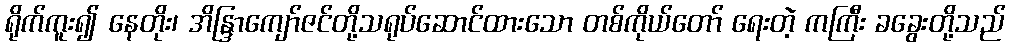
ရိုက်ကူး၍ နေတိုး၊ အိန္ဒြာကျော်ဇင်တို့သရုပ်ဆောင်ထားသော တစ်ကိုယ်တော် ရေးတဲ့ ကကြီး ခခွေးတို့သည်